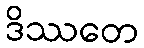
ဒိဿတေ